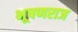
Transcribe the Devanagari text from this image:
भूषणराज